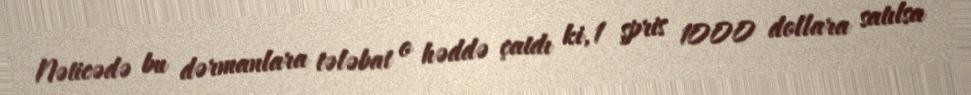
Nəticədə bu dərmanlara tələbat o həddə çatdı ki, 1 şpris 1000 dollara satılsa